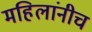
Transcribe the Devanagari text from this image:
महिलांनीच